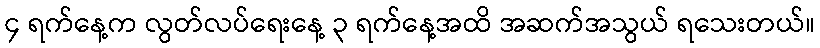
၄ ရက်နေ့က လွတ်လပ်ရေးနေ့ ၃ ရက်နေ့အထိ အဆက်အသွယ် ရသေးတယ်။